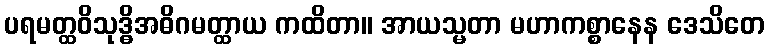
ပရမတ္ထဝိသုဒ္ဓိအဓိဂမတ္ထာယ ကထိတာ။ အာယသ္မတာ မဟာကစ္စာနေန ဒေသိတေ